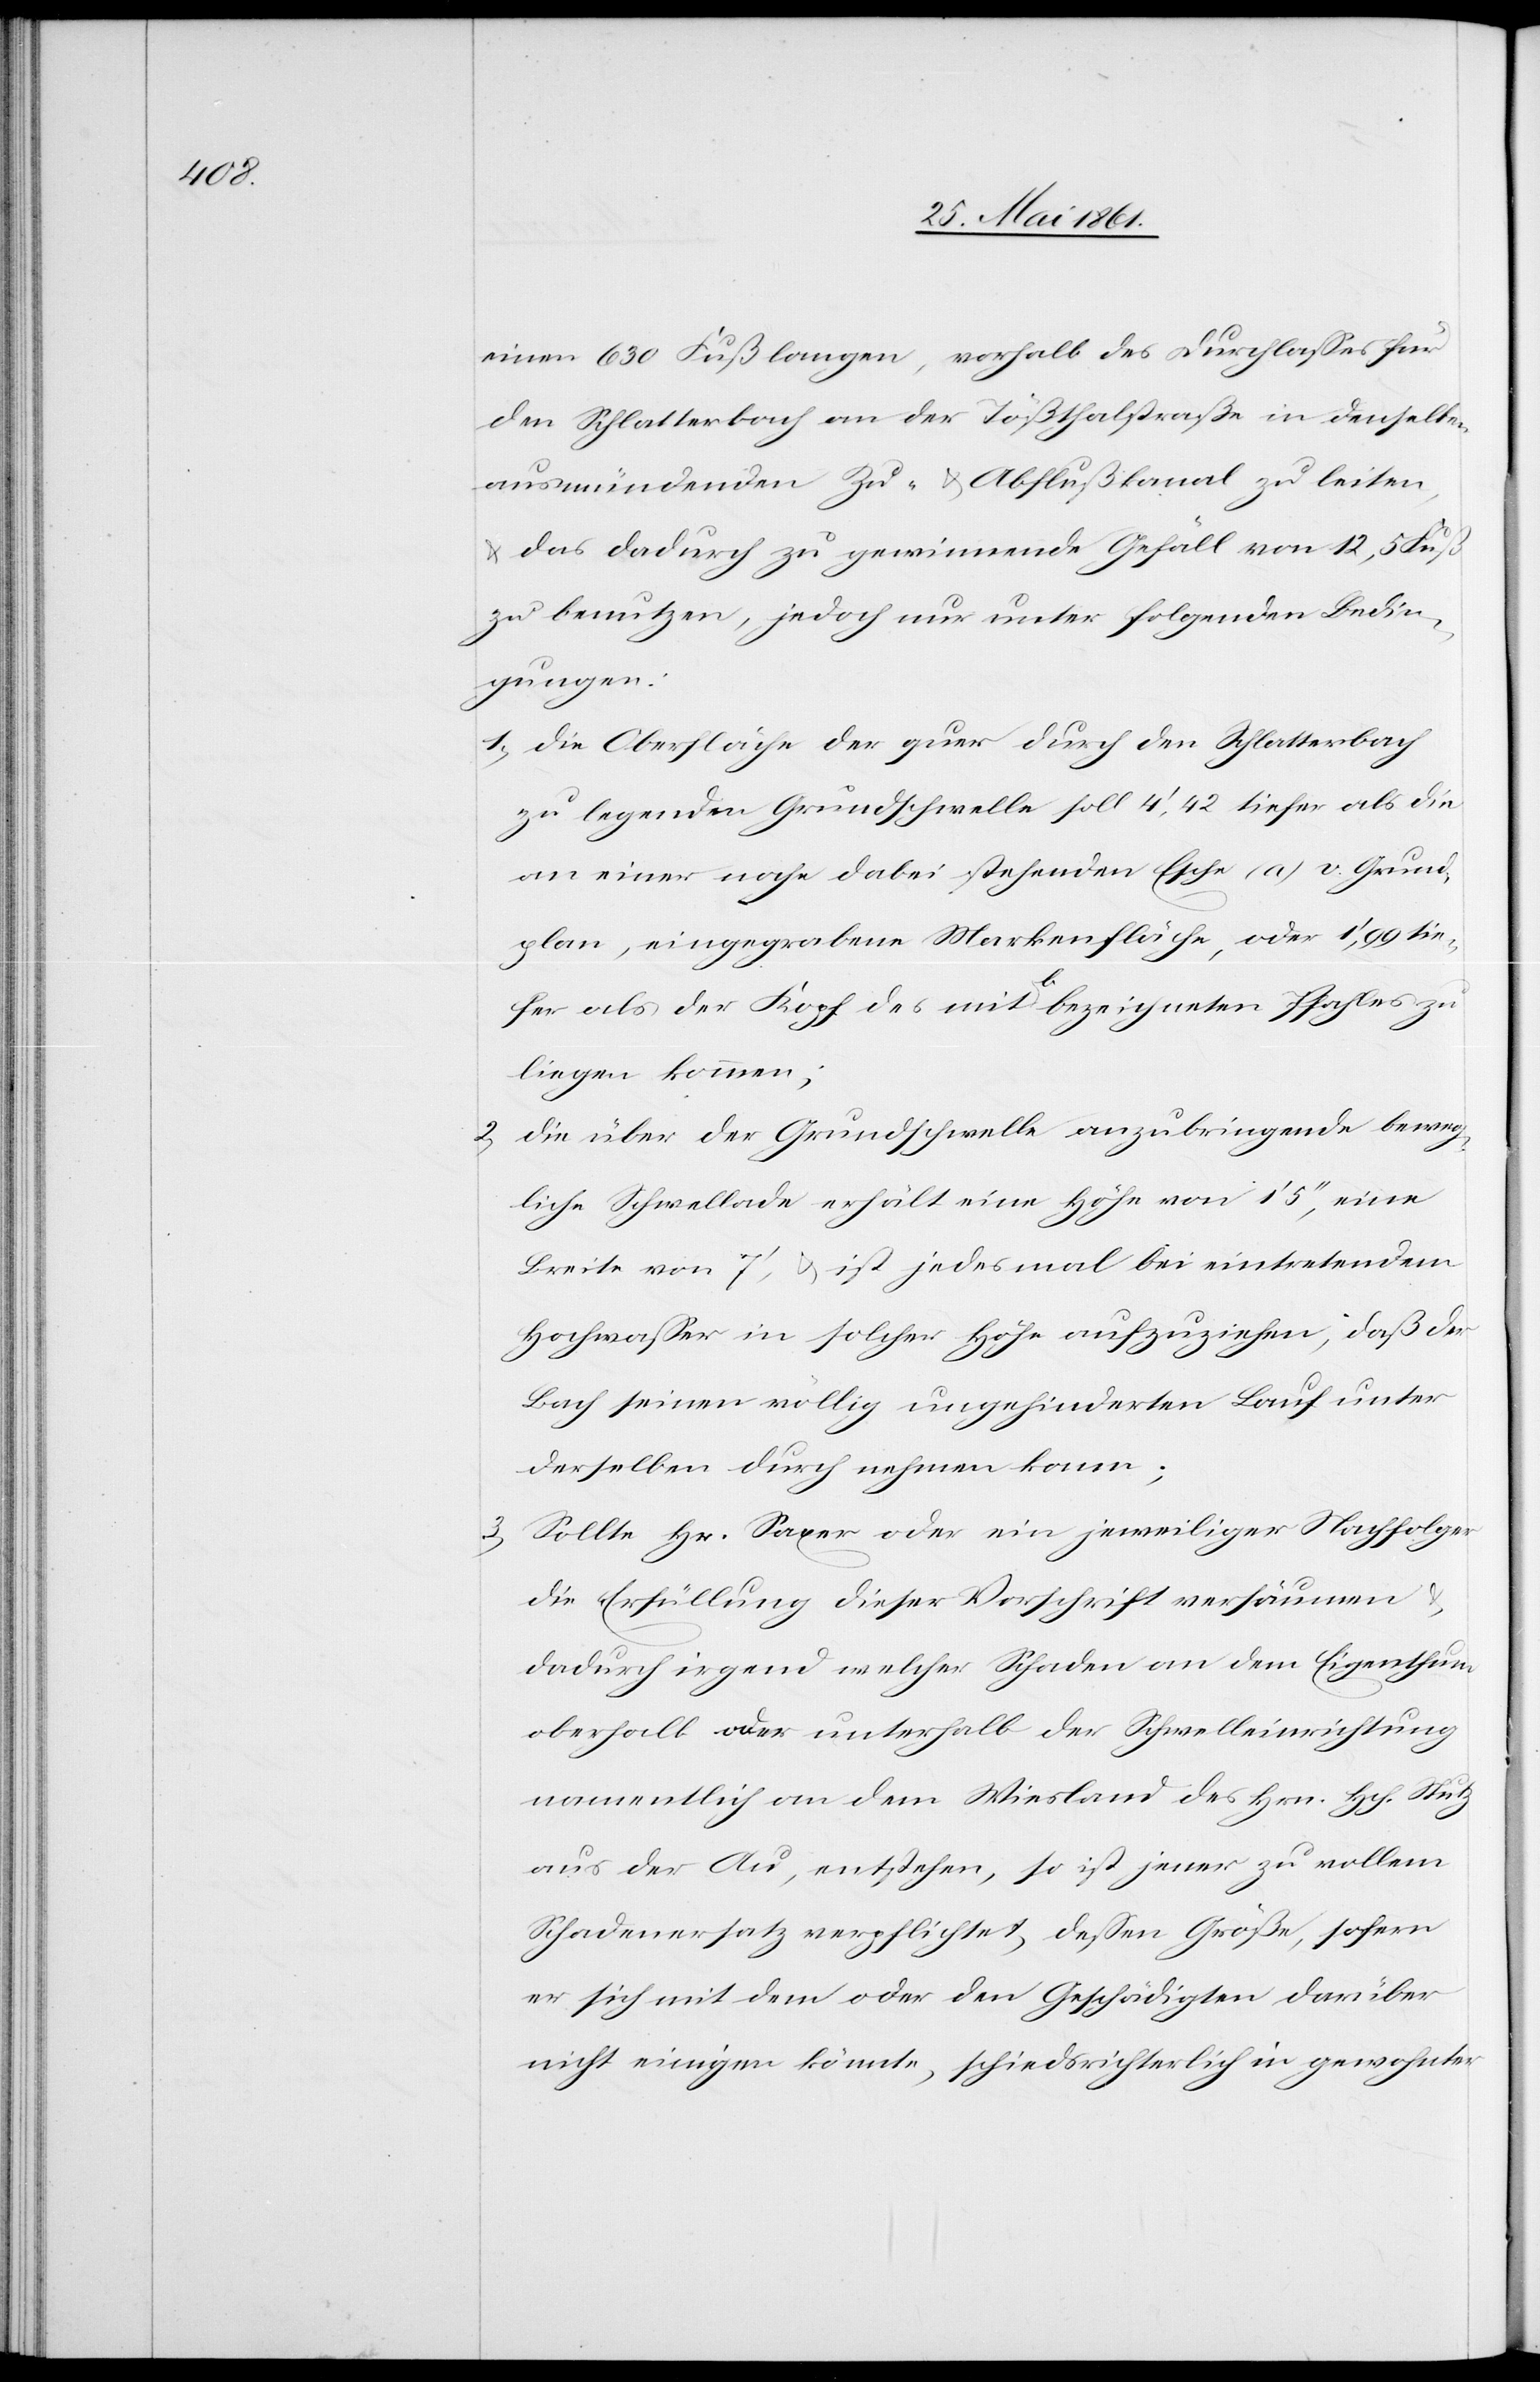
einen 630 Fuß langen, vorhalb des Durchlasses für
den Schlatterbach an der Tößthalstraße in denselben
ausmündenden Zu- u. Abflußkanal zu leiten,
daß dadurch zu gewinnende Gefäll von 12,5 Fuß
zu benutzen, jedoch nur unter folgenden Bedin¬
gungen:
1) Die Oberfläche der quer durch den Schlatterbach
zu legenden Grundschwelle soll 4’,42 tiefer als die
an einer nahe dabei stehenden Esche (a) i. Grund¬
plan, eingegrabene Markenfläche, oder 1’,99 tie¬
fer als der Kopf des mit b bezeichneten Pfahles zu
liegen kommen;
2) Die über der Grundschwelle anzubringende beweg¬
liche Schwellade erhält eine Höhe von 1’ 5’’, eine
Breite von 7’, u. ist jedesmal bei eintretendem
Hochwasser in solcher Höhe aufzuziehen, daß der
Bach seinen völlig ungehinderten Lauf unter
derselben durch nehmen kann;
3) Sollte Hr. Saxer oder ein jeweiliger Nachfolger
die Erfüllung dieser Vorschrift versäumen u.
dadurch irgend welcher Schaden an dem Eigenthum
oberhalb oder unterhalb der Schwelleinrichtung
namentlich an dem Wiesland des Hrn. Hch. Stutz
aus der Au, entstehen, so ist jener zu vollem
Schadenersatz verpflichtet, dessen Größe, sofern
er sich mit dem oder den Geschädigten darüber
nicht einigen könnte, schiedsgerichtlich in gewohnter